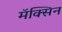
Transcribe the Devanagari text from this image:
मॅक्सिन